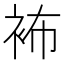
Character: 𧙛